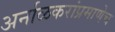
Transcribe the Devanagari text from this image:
अर्नाळकरांप्रमाणेच